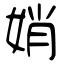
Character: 娋